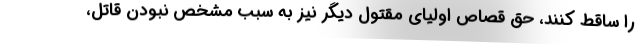
را ساقط کنند، حق قصاص اولیای مقتول دیگر نیز به سبب مشخص نبودن قاتل،